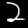
Label: 2